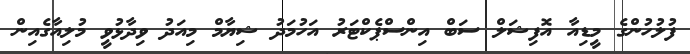
ފުލުހުންގެ މީޑިއާ އޮފިޝަލް ސަބް އިންސްޕެކްޓަރު އަހުމަދު ޝިޔާމް މިއަދު ވިދާޅުވީ މުލިއާގެއިން